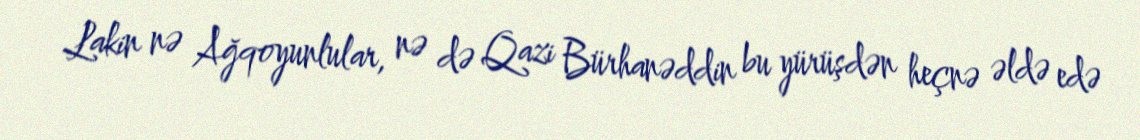
Lakin nə Ağqoyunlular, nə də Qazi Bürhanəddin bu yürüşdən heçnə əldə edə